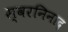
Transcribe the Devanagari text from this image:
स्वरनिनाद